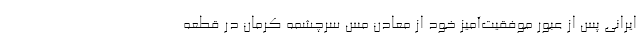
ایرانی پس از عبور موفقیت‌آمیز خود از معادن مس سرچشمه کرمان در قطعه